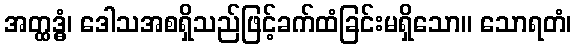
အတ္ထဒ္ဓံ၊ ဒေါသအစရှိသည်ဖြင့်ခက်ထံခြင်းမရှိသော။ သောရတံ၊